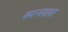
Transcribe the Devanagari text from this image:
समन्वयावर